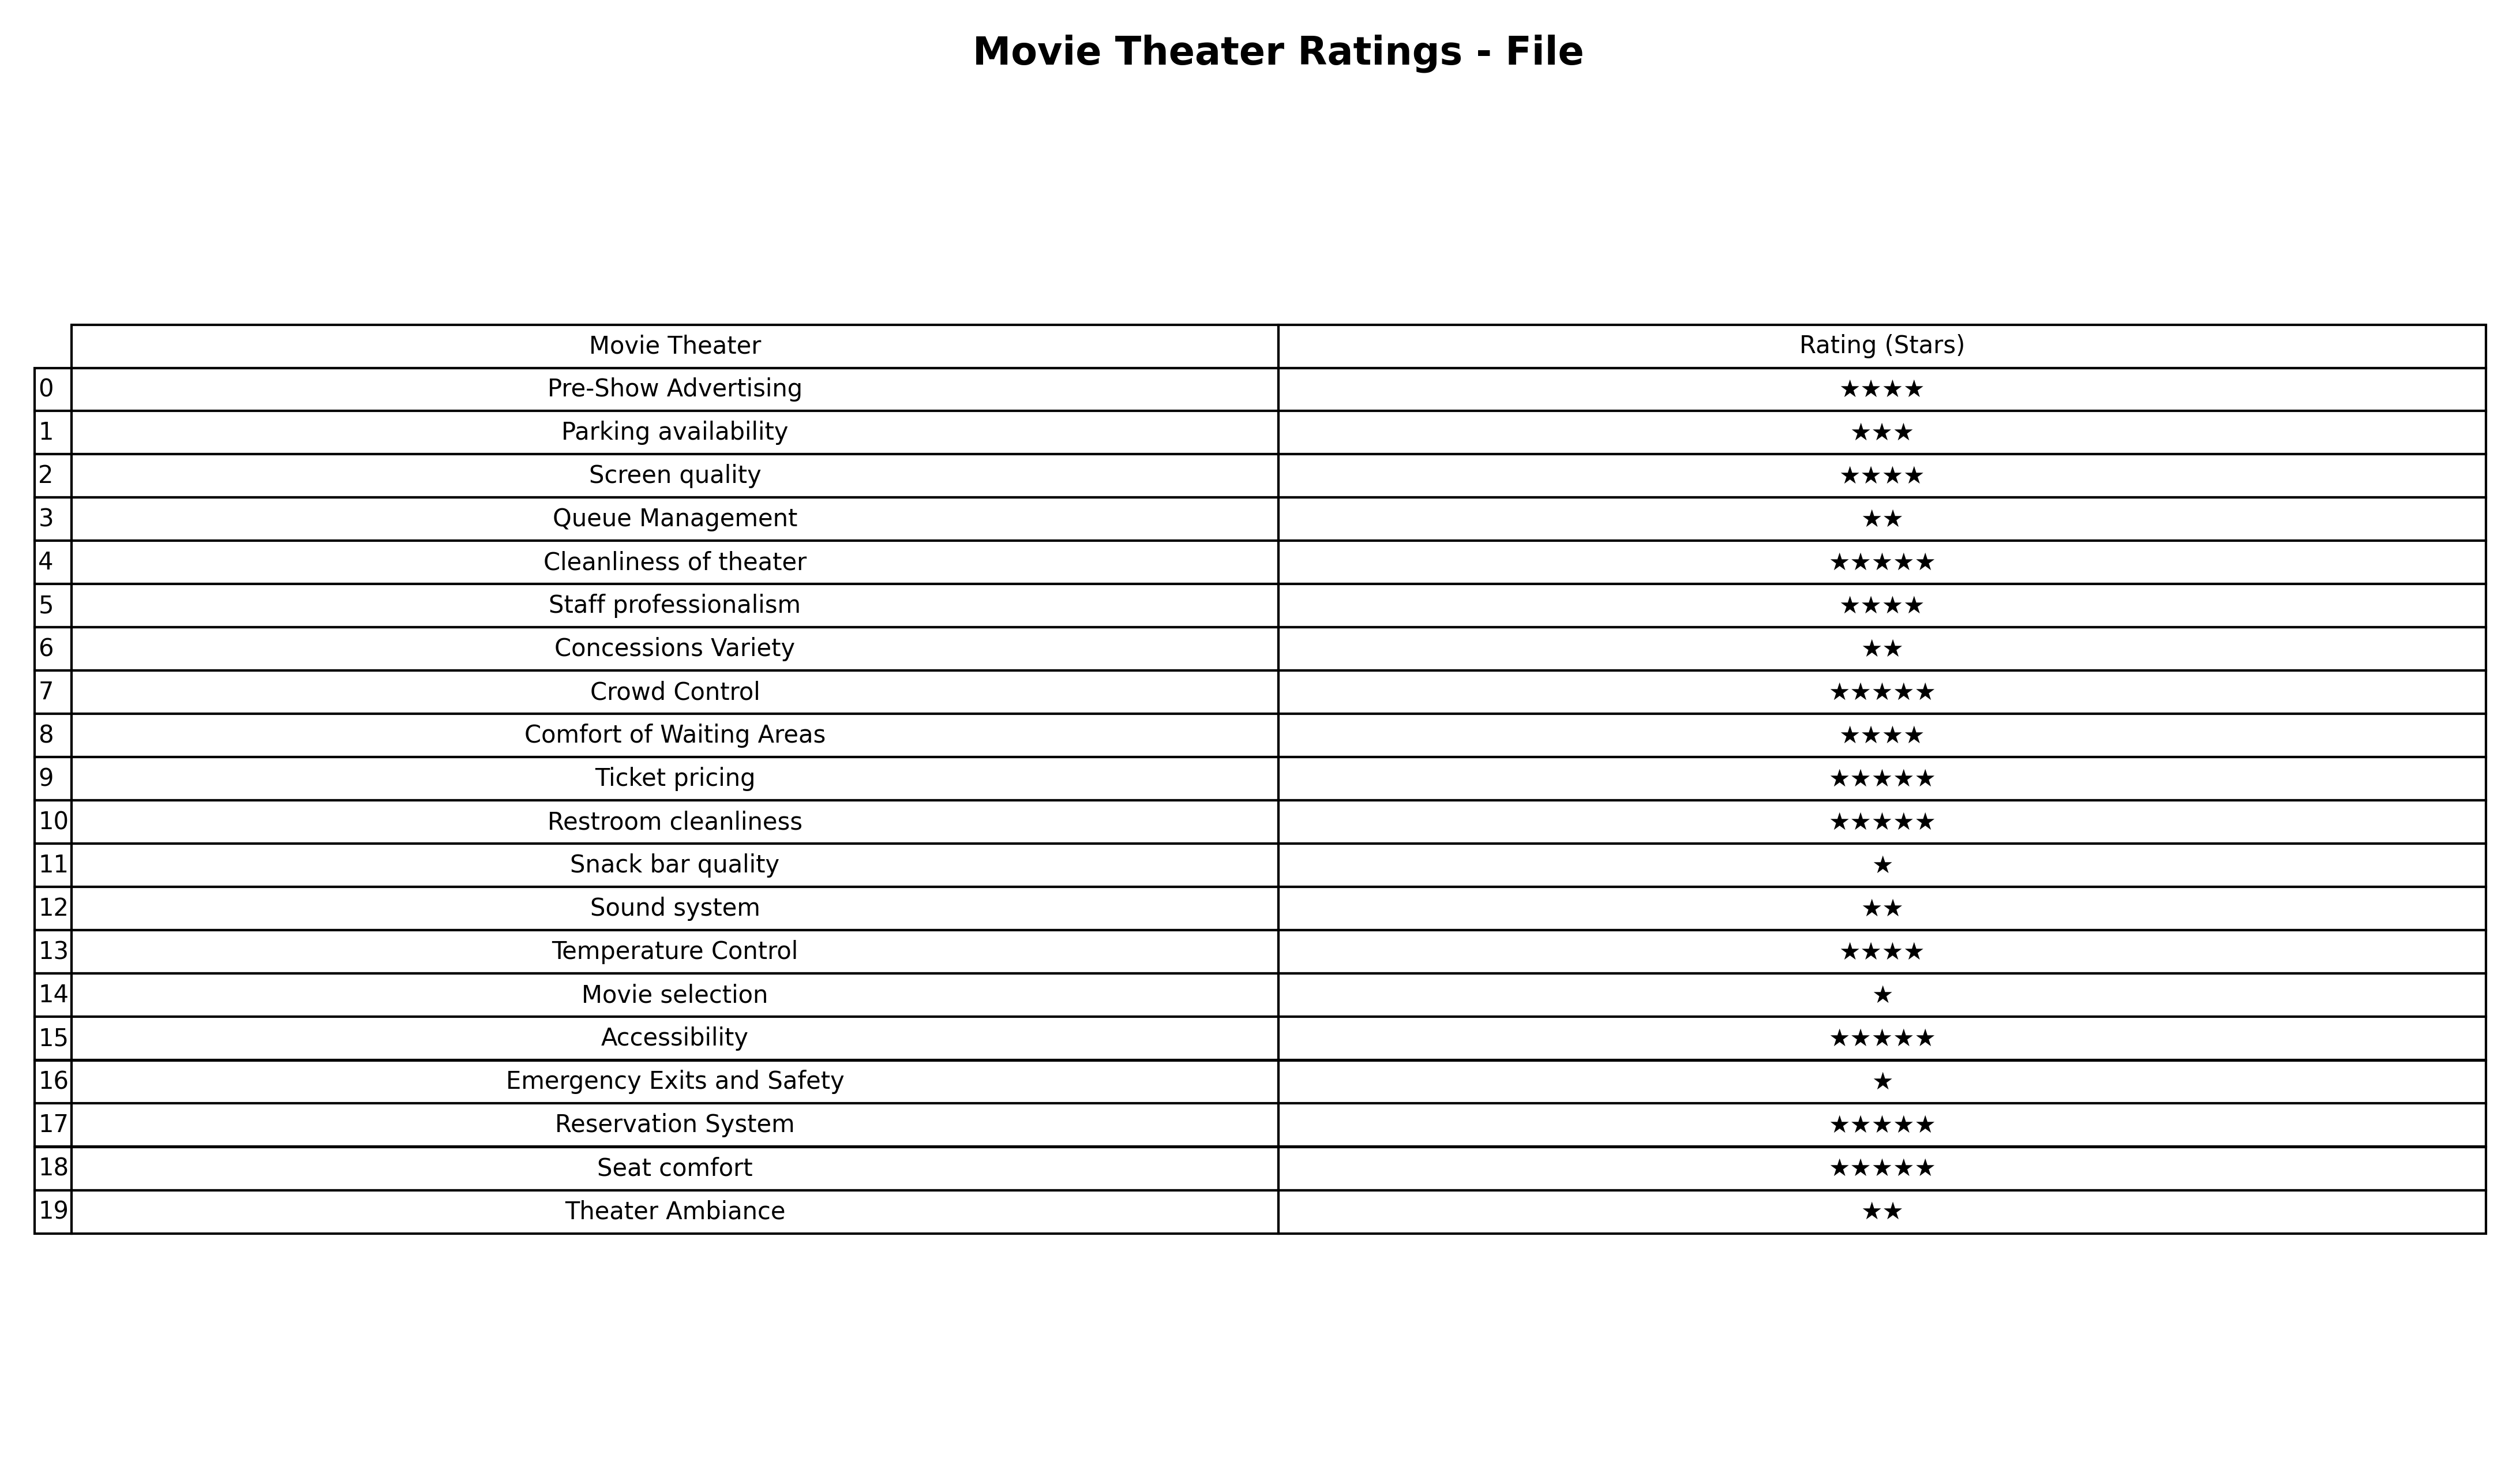
question: What are one star services?
answer: Snack bar qualityMovie selectionEmergency Exits and Safety